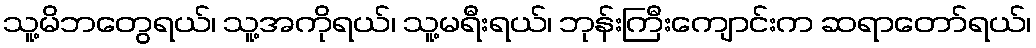
သူ့မိဘတွေရယ်၊ သူ့အကိုရယ်၊ သူ့မရီးရယ်၊ ဘုန်းကြီးကျောင်းက ဆရာတော်ရယ်၊